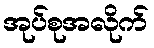
အုပ်စုအလိုက်